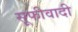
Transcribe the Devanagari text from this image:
सूफीवादी